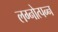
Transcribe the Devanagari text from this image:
लग्नोत्पन्न